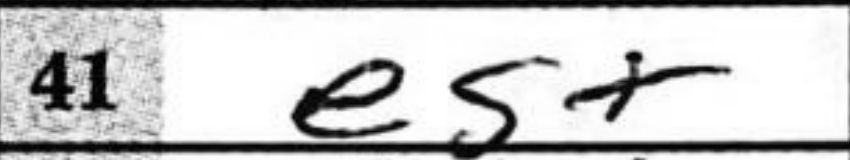
Transcription: e5+